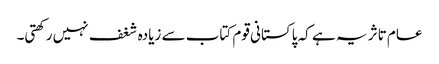
عام تاثر یہ ہے کہ پاکستانی قوم کتاب سے زیادہ شغف نہیں رکھتی۔